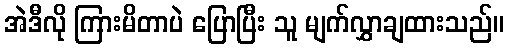
အဲဒီလို ကြားမိတာပဲ ပြောပြီး သူ မျက်လွှာချထားသည်။